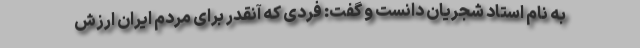
به نام استاد شجریان دانست و گفت: فردی که آنقدر برای مردم ایران ارزش